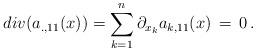
LaTeX: \begin{align*}div(a_{. , 11}(x))= \sum_{k=1}^{n} \partial_{x_k} a_{k,11}(x) \, =\, 0 \, .\end{align*}